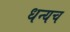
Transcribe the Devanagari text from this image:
धन्यच